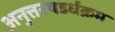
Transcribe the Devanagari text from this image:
अनुत्तरषडर्धक्रम